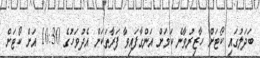
ބަދަލުގައި ކޯޓަށް ހާޒިރުވާނެ ކަމަށް އަންގާފައިވާ ފަރާތަކަށް އެދުވަހުގެ 10:30 އަށް ކޯޓަށް